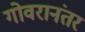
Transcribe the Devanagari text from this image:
गोवरानंतर